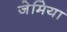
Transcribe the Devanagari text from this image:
जेमिया